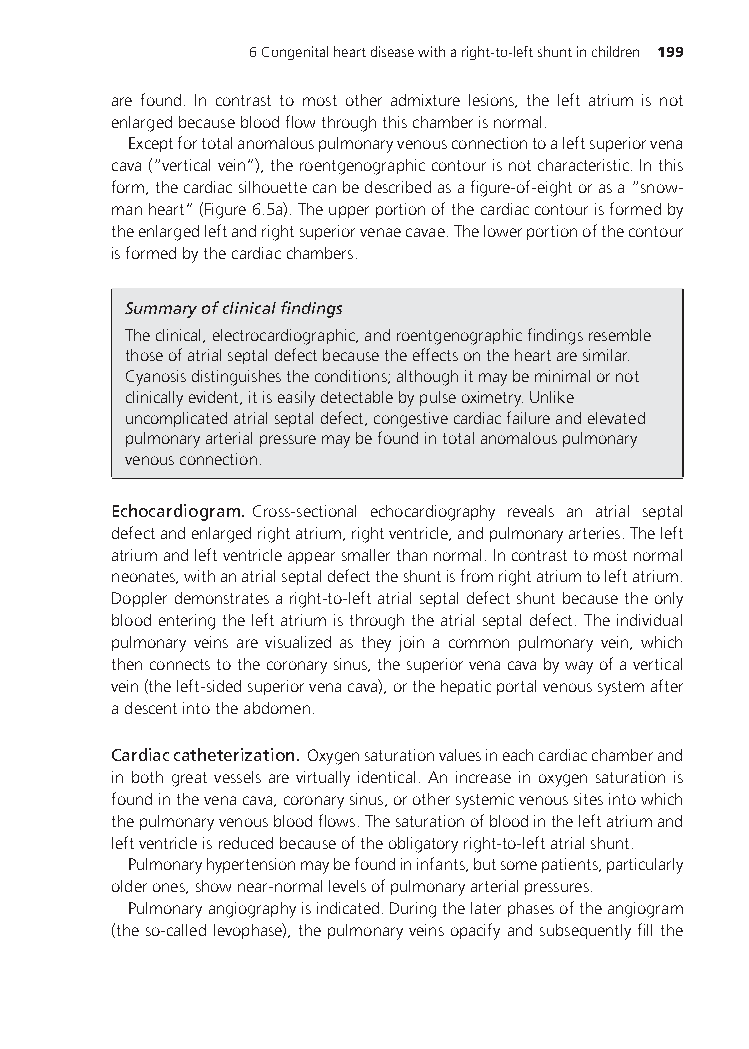
6Congenitalheartdiseasewitharight-to-leftshuntinchildren 199
 are found. In contrast to most other admixture lesions, the left atrium is not
 enlargedbecausebloodflowthroughthischamberisnormal.
 Exceptfortotalanomalouspulmonaryvenousconnectiontoaleftsuperiorvena
 cava(“verticalvein”),theroentgenographiccontourisnotcharacteristic.Inthis
 form,thecardiacsilhouettecanbedescribedasafigure-of-eightorasa“snow-
 manheart”(Figure6.5a).Theupperportionofthecardiaccontourisformedby
 theenlargedleftandrightsuperiorvenaecavae.Thelowerportionofthecontour
 isformedbythecardiacchambers.
 Summaryofclinicalfindings
 Theclinical,electrocardiographic,androentgenographicfindingsresemble
 thoseofatrialseptaldefectbecausetheeffectsontheheartaresimilar.
 Cyanosisdistinguishestheconditions;althoughitmaybeminimalornot
 clinicallyevident,itiseasilydetectablebypulseoximetry.Unlike
 uncomplicatedatrialseptaldefect,congestivecardiacfailureandelevated
 pulmonaryarterialpressuremaybefoundintotalanomalouspulmonary
 venousconnection.
 Echocardiogram. Cross-sectional echocardiography reveals an atrial septal
 defectandenlargedrightatrium,rightventricle,andpulmonaryarteries.Theleft
 atriumandleftventricleappearsmallerthannormal.Incontrasttomostnormal
 neonates,withanatrialseptaldefecttheshuntisfromrightatriumtoleftatrium.
 Dopplerdemonstratesaright-to-leftatrialseptaldefectshuntbecausetheonly
 bloodenteringtheleftatriumisthroughtheatrialseptaldefect.Theindividual
 pulmonary veins are visualized as they join a common pulmonary vein, which
 thenconnectstothecoronarysinus,thesuperiorvenacavabywayofavertical
 vein(theleft-sidedsuperiorvenacava),orthehepaticportalvenoussystemafter
 adescentintotheabdomen.
 Cardiaccatheterization. Oxygensaturationvaluesineachcardiacchamberand
 in both great vessels are virtually identical. An increase in oxygen saturation is
 foundinthevenacava,coronarysinus,orothersystemicvenoussitesintowhich
 thepulmonaryvenousbloodflows.Thesaturationofbloodintheleftatriumand
 leftventricleisreducedbecauseoftheobligatoryright-to-leftatrialshunt.
 Pulmonaryhypertensionmaybefoundininfants,butsomepatients,particularly
 olderones,shownear-normallevelsofpulmonaryarterialpressures.
 Pulmonaryangiographyisindicated.Duringthelaterphasesoftheangiogram
 (theso-calledlevophase),thepulmonaryveinsopacifyandsubsequentlyfillthe